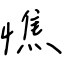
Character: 憔